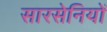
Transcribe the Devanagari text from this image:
सारसेनियों